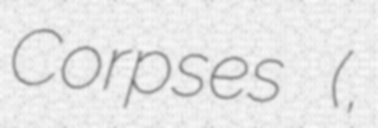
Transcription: Corpses (屍者の帝国,